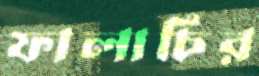
ফালাচির